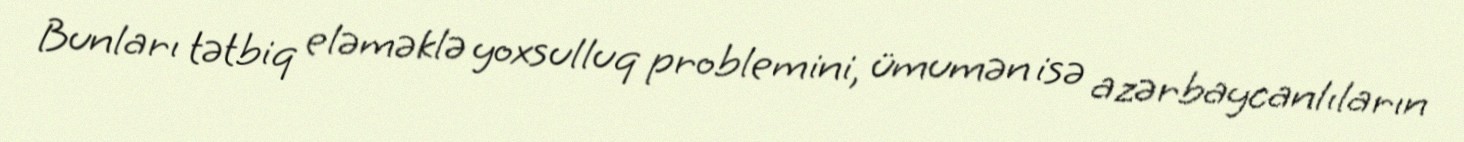
Bunları tətbiq eləməklə yoxsulluq problemini, ümumən isə azərbaycanlıların